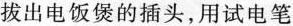
拔出电饭煲的插头，用试电笔